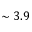
\sim 3 . 9